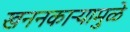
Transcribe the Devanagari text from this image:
खननकाऱ्यामुळे